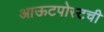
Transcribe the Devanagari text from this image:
आऊटपोस्टची